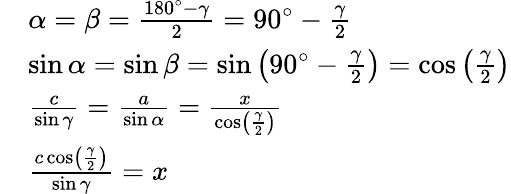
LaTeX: {\begin{array}{rl}&{\alpha=\beta={\frac{180^{\circ}-\gamma}{2}}=90^{\circ}-{\frac{\gamma}{2}}}\\ &{\sin\alpha=\sin\beta=\sin\left(90^{\circ}-{\frac{\gamma}{2}}\right)=\cos\left({\frac{\gamma}{2}}\right)}\\ &{{\frac{c}{\sin\gamma}}={\frac{a}{\sin\alpha}}={\frac{x}{\cos\left({\frac{\gamma}{2}}\right)}}}\\ &{{\frac{c\cos\left({\frac{\gamma}{2}}\right)}{\sin\gamma}}=x}\end{array}}